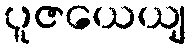
ပူဇယေယျ